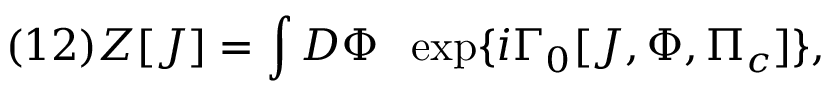
( 1 2 ) Z [ J ] = \int { \cal D } \Phi \; \; \exp \{ i \Gamma _ { 0 } [ J , \Phi , \Pi _ { c } ] \} ,